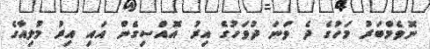
ނޮވެމްބަރު މަހުގެ ދެ ވަނަ ދުވަހުގެ އިރު އޮއްސިގެން އައި އިރު މުލިއާގެ